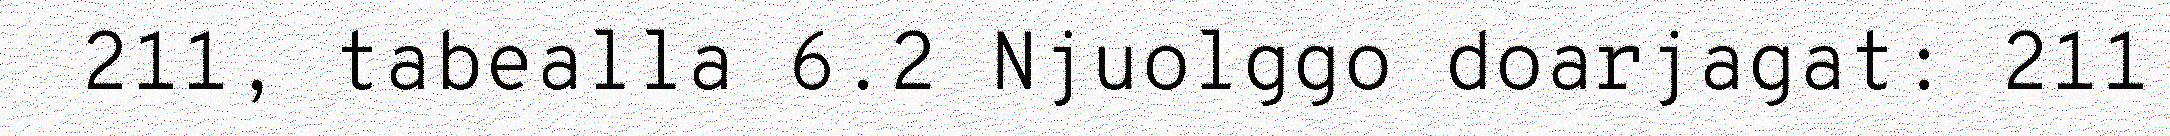
211, tabealla 6.2 Njuolggo doarjagat: 211